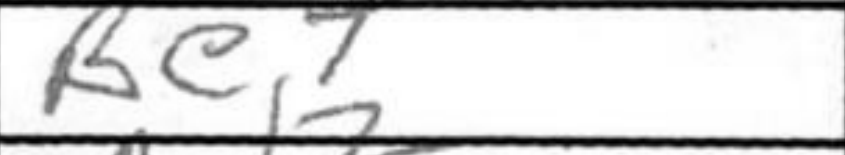
Transcription: Be7